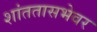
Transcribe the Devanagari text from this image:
शांततासभेवर